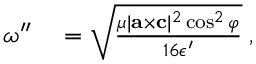
\begin{array} { r l } { \omega ^ { \prime \prime } } & { { } = \sqrt { \frac { \mu | { \bf { a } } \times { \bf { c } } | ^ { 2 } \cos ^ { 2 } \varphi } { 1 6 \epsilon ^ { \prime } } } \; , } \end{array}